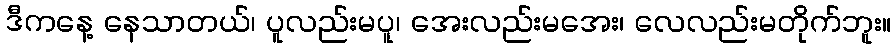
ဒီကနေ့ နေသာတယ်၊ ပူလည်းမပူ၊ အေးလည်းမအေး၊ လေလည်းမတိုက်ဘူး။